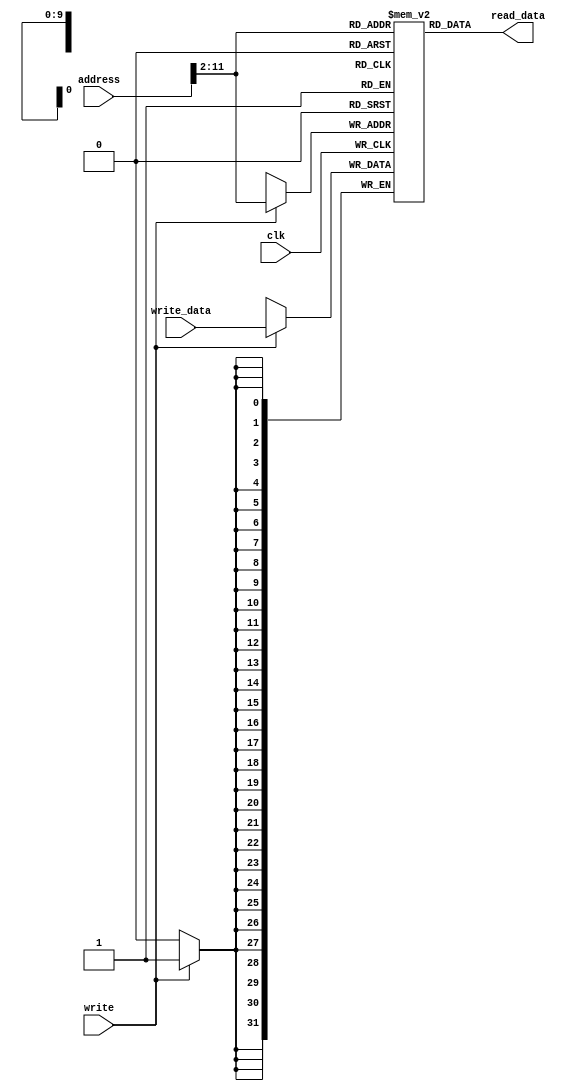
`timescale 1ns/1ns

//==============================================================================

module async_mem(
   input clk,
   input write,
   input [31:0] address,
   input [31:0] write_data,
   output [31:0] read_data
);

   reg [31:0] mem_data [0:1023];

   assign read_data = mem_data[ address[11:2] ];

   always @( posedge clk )
      if ( write )
         mem_data[ address[11:2] ] <= write_data;

endmodule



//================================================================================
//`define DEBUG	// uncomment this line to enable register content writing below
//================================================================================

module reg_file(
	input  clk,
	input  write,
	input  [ 4:0] WR,
	input  [31:0] WD,
	input  [ 4:0] RR1,
	input  [ 4:0] RR2,
	output [31:0] RD1,
	output [31:0] RD2
	);

	reg [31:0] reg_data [0:31];

	assign RD1 = reg_data[RR1];
	assign RD2 = reg_data[RR2];

	always @(posedge clk) begin
		if(write) begin
			reg_data[WR] <= WD;

			`ifdef DEBUG
			if(WR)
				$display("$%0d = %x", WR, WD);
			`endif
		end
		reg_data[0] <= 32'h00000000;
	end

endmodule